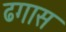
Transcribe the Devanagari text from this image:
ढगास